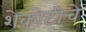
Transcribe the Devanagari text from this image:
शेकोटीचे